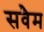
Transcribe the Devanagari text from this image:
सवैम